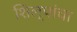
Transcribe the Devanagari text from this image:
शिल्पांचा